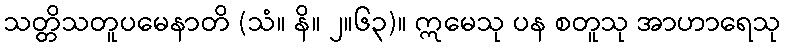
သတ္တိသတူပမေနာတိ (သံ။ နိ။ ၂။၆၃)။ ဣမေသု ပန စတူသု အာဟာရေသု